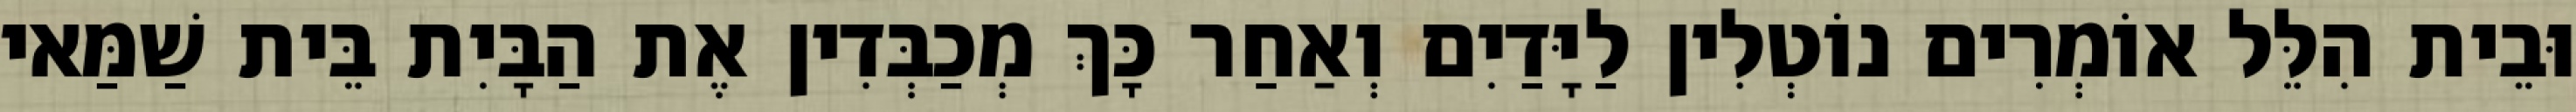
וּבֵית הִלֵּל אוֹמְרִים נוֹטְלִין לַיָּדַיִם וְאַחַר כָּךְ מְכַבְּדִין אֶת הַבָּיִת בֵּית שַׁמַּאי